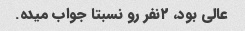
عالی بود، ۲نفر رو نسبتا جواب میده.